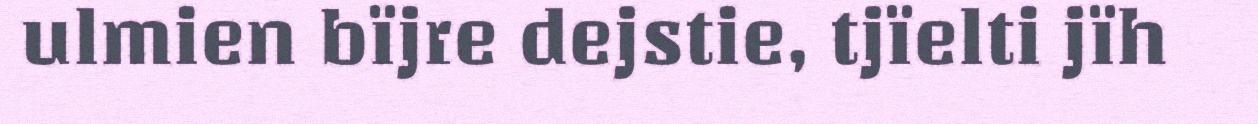
ulmien bïjre dejstie, tjïelti jïh